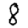
Digit: 8